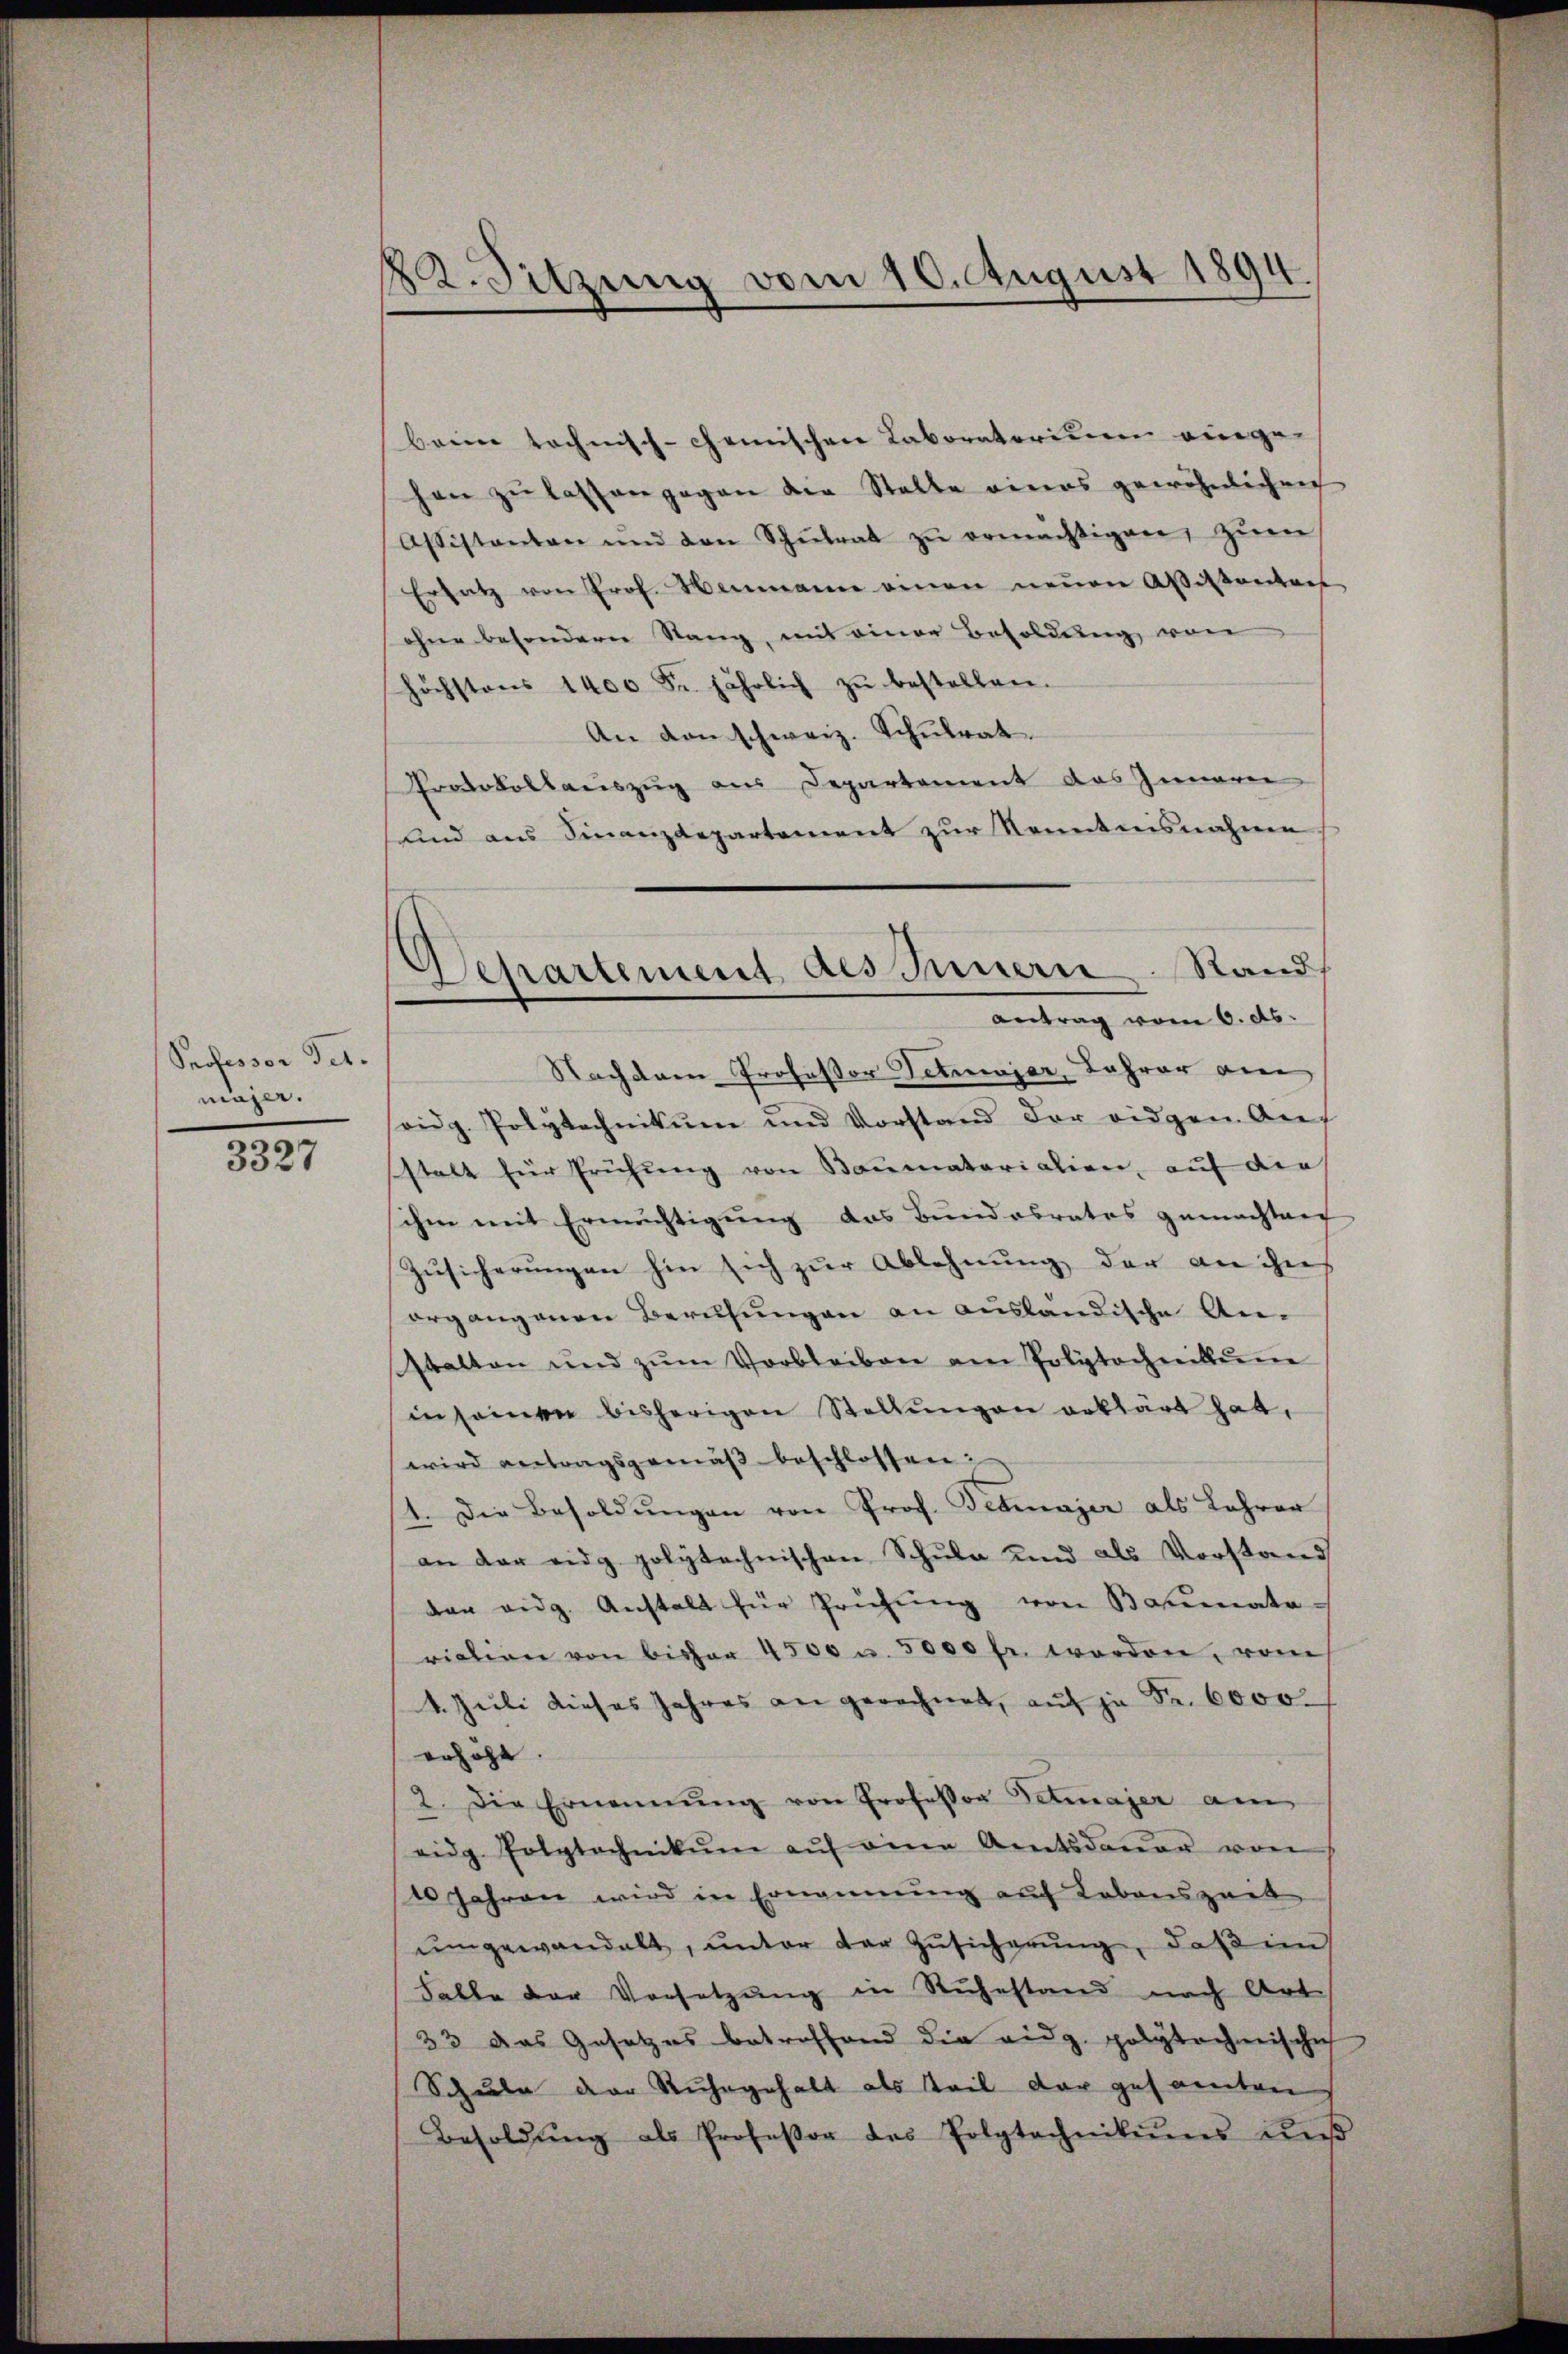
Professor Tit.
mäjer.

3327

22. Sitzung vom 10. August 1894

Separtement des Innern. Stand
antrag vom 6. ds.

beim technisch-chemischen Laboratorium einge-
hen zŭ lassen gegen die Stelle eines gewöhnlichen
Assistanten und den Schŭlrat zŭ ermächtigen, zŭm
Ersatz von Prof. Hammann einen neŭen Aßistanton
ohne besondern Stang, mit einer Besoldung von
höchstens 1400 Fr. jährlich zŭ bestellen.
An den schweiz. Schŭlrat.
Protokollauszug aus Departement das Innern
und aus Finanzdepartement zur Kenntnisnahme
Nachdem Professor Detmmjer, Jahrer am
soidg. Polytechnikum und Vorstand der eidgen. Auf
stalt für Frühŭng von Baumatorialien, auf die
ihm mit Ermächtigung das Bundesrates gemachtanf
Zusicherungen hin sich zur Ablehnung der an ihn
organgenen Berufungen an ausländische An-
stalten und zŭm Verbleiben am Polytechnikum
insamen bisherigen Stellŭngen erklärt hat,
wird antragsgemäß beschlossen:
1. Die Besoldŭngen von Prof. Febmayer als Lehrer
an der eidg polytechnischen Schule und als Vorstand
dar eidg. Anstalt für Prüfŭng von Baumata-
riation von bisher 4500 u. 5000 fr. worden, vom
4. Juli dieses Jahres an gerechnet, auf je Fr. 6000.
erhöht.
2. Die Ernennung von Professor Detmaier am
eidg. Polytechnikŭm aŭf eine Amtsdaŭer von
10 Jahren wird in Ernennung auf Lebenszeit
ŭmgewandelt, ŭnter der Zŭsicherŭng, daß im
Falle der Vorsetzŭng in Rŭhestand nach Art.
33 das Gesetzes betroffend die eidg. polytechnischich
Schule der Ruhegehalt als Teil der gesammten
Besoldŭng als Professor des Polytechnikums Lŭβ